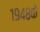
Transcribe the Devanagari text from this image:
१९४८के